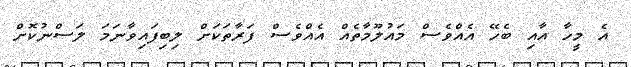
އެ މީހާ އާއި ބެހޭ އެއްވެސް މައުލޫމާތެއް އެއްވެސް ފަރާތަކަށް ލިބިފައިވާނަމަ ލަސްނުކޮށް